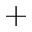
^ +